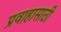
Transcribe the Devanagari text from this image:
प्रवाहासाठी